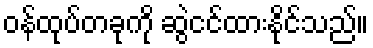
ဝန်ထုပ်တခုကို ဆွဲငင်ထားနိုင်သည်။